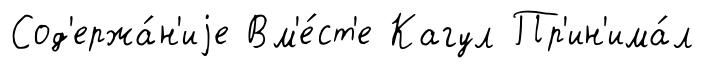
Сод'ержа́н'иjе Вм'е́ст'е Кагул Пр'ин'има́л